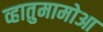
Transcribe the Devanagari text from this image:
व्हातुमामोआ